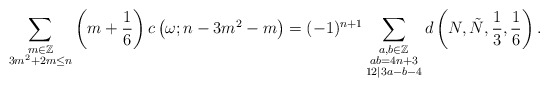
\begin{align*} \sum_{\substack{m\in \mathbb{Z}\\3m^2+2m\leq n}}\left(m+\frac{1}{6}\right) c\left(\omega; n-3m^2-m\right) =(-1)^{n+1} \sum_{\substack{a,b\in \mathbb{Z}\\ab=4n+3\\12|3a-b-4}} d\left(N,\tilde{N}, \frac{1}{3}, \frac{1}{6}\right).\end{align*}